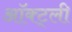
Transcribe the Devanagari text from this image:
ऑक्ट्ली